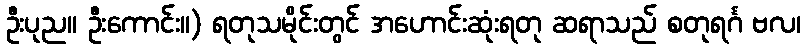
ဦးပုည။ ဦးကောင်း။) ရတုသမိုင်းတွင် အဟောင်းဆုံးရတု ဆရာသည် စတုရင်္ဂ ဗလ၊